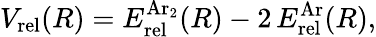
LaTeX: V_{\mathrm{rel}}(R)=E_{\mathrm{rel}}^{\mathrm{Ar}_{2}}(R)-2\, E_{\mathrm{rel}}^{\mathrm{Ar}}(R),